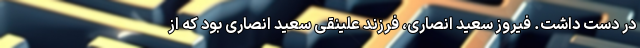
در دست داشت. فیروز سعید انصاری، فرزند علینقی سعید انصاری بود که از